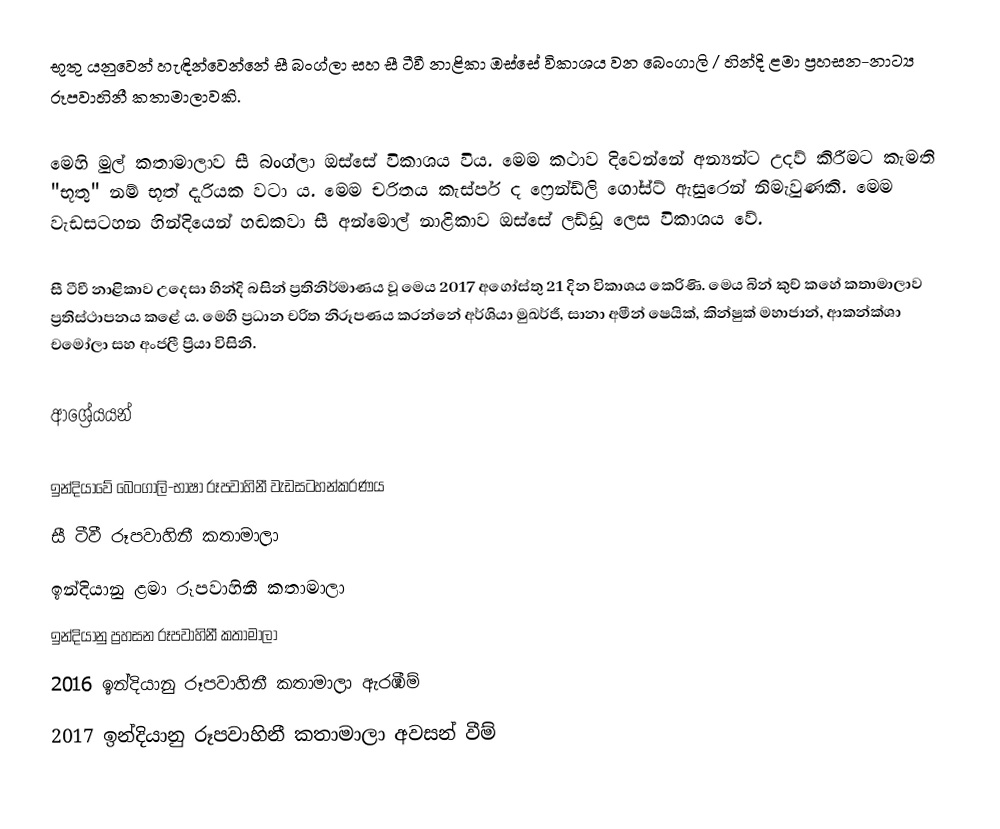
භූතු යනුවෙන් හැඳින්වෙන්නේ සී බංග්ලා සහ සී ටීවී නාළිකා ඔස්සේ විකාශය වන බෙංගාලි / හින්දි ළමා ප්‍රහසන-නාට්‍ය රූපවාහිනී කතාමාලාවකි.

මෙහි මුල් කතාමාලාව සී බංග්ලා ඔස්සේ විකාශය විය. මෙම කථාව දිවෙන්නේ අන්‍යන්ට උදව් කිරීමට කැමති "භූතු" නම් භූත් දැරියක වටා ය. මෙම චරිතය කැස්පර් ද ෆ්‍රෙන්ඩ්ලි ගෝස්ට් ඇසුරෙන් නිමැවුණකි. මෙම වැඩසටහන හින්දියෙන් හඬකවා සී අන්මොල් නාළිකාව ඔස්සේ ලඩ්ඩූ ලෙස විකාශය වේ.

සී ටීවී නාළිකාව උදෙසා හින්දි බසින් ප්‍රතිනිර්මාණය වූ මෙය 2017 අගෝස්තු 21 දින විකාශය කෙරිණි. මෙය බින් කුච් කහේ කතාමාලාව ප්‍රතිස්ථාපනය කළේ ය.  මෙහි ප්‍රධාන චරිත නිරූපණය කරන්නේ අර්ශියා මුඛර්ජී, සානා අමීන් ෂෙයික්, කින්ෂුක් මහාජාන්, ආකන්ක්ශා චමෝලා සහ අංජලී ප්‍රියා විසිනි.

ආශ්‍රේයයන්

ඉන්දියාවේ බෙංගාලි-භාෂා රූපවාහිනී වැඩසටහන්කරණය
සී ටීවී රූපවාහිනී කතාමාලා
ඉන්දියානු ළමා රූපවාහිනී කතාමාලා
ඉන්දියානු ප්‍රහසන රූපවාහිනී කතාමාලා
2016 ඉන්දියානු රූපවාහිනී කතාමාලා ඇරඹීම්
2017 ඉන්දියානු රූපවාහිනී කතාමාලා අවසන් වීම්